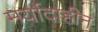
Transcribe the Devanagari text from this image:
मर्यादाहीन